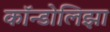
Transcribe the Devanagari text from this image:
कॉन्डोलिझा